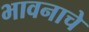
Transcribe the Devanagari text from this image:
भावनाचे